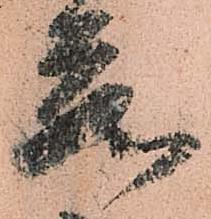
蔵